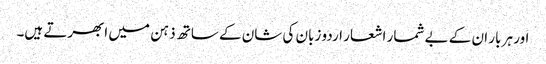
اور ہر بار ان کے بے شمار اشعار اردو زبان کی شان کے ساتھ ذہن میں ابھرتے ہیں۔